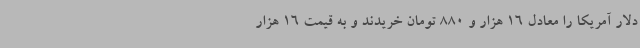
دلار آمریکا را معادل 16 هزار و 880 تومان خریدند و به قیمت 16 هزار